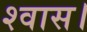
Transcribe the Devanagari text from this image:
श्वास।